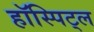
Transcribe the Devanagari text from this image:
हॉस्पिट्ल